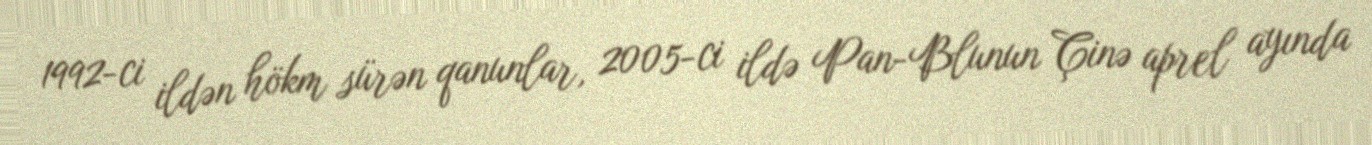
1992-ci ildən hökm sürən qanunlar, 2005-ci ildə Pan-Blunun Çinə aprel ayında